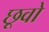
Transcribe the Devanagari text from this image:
छूवो